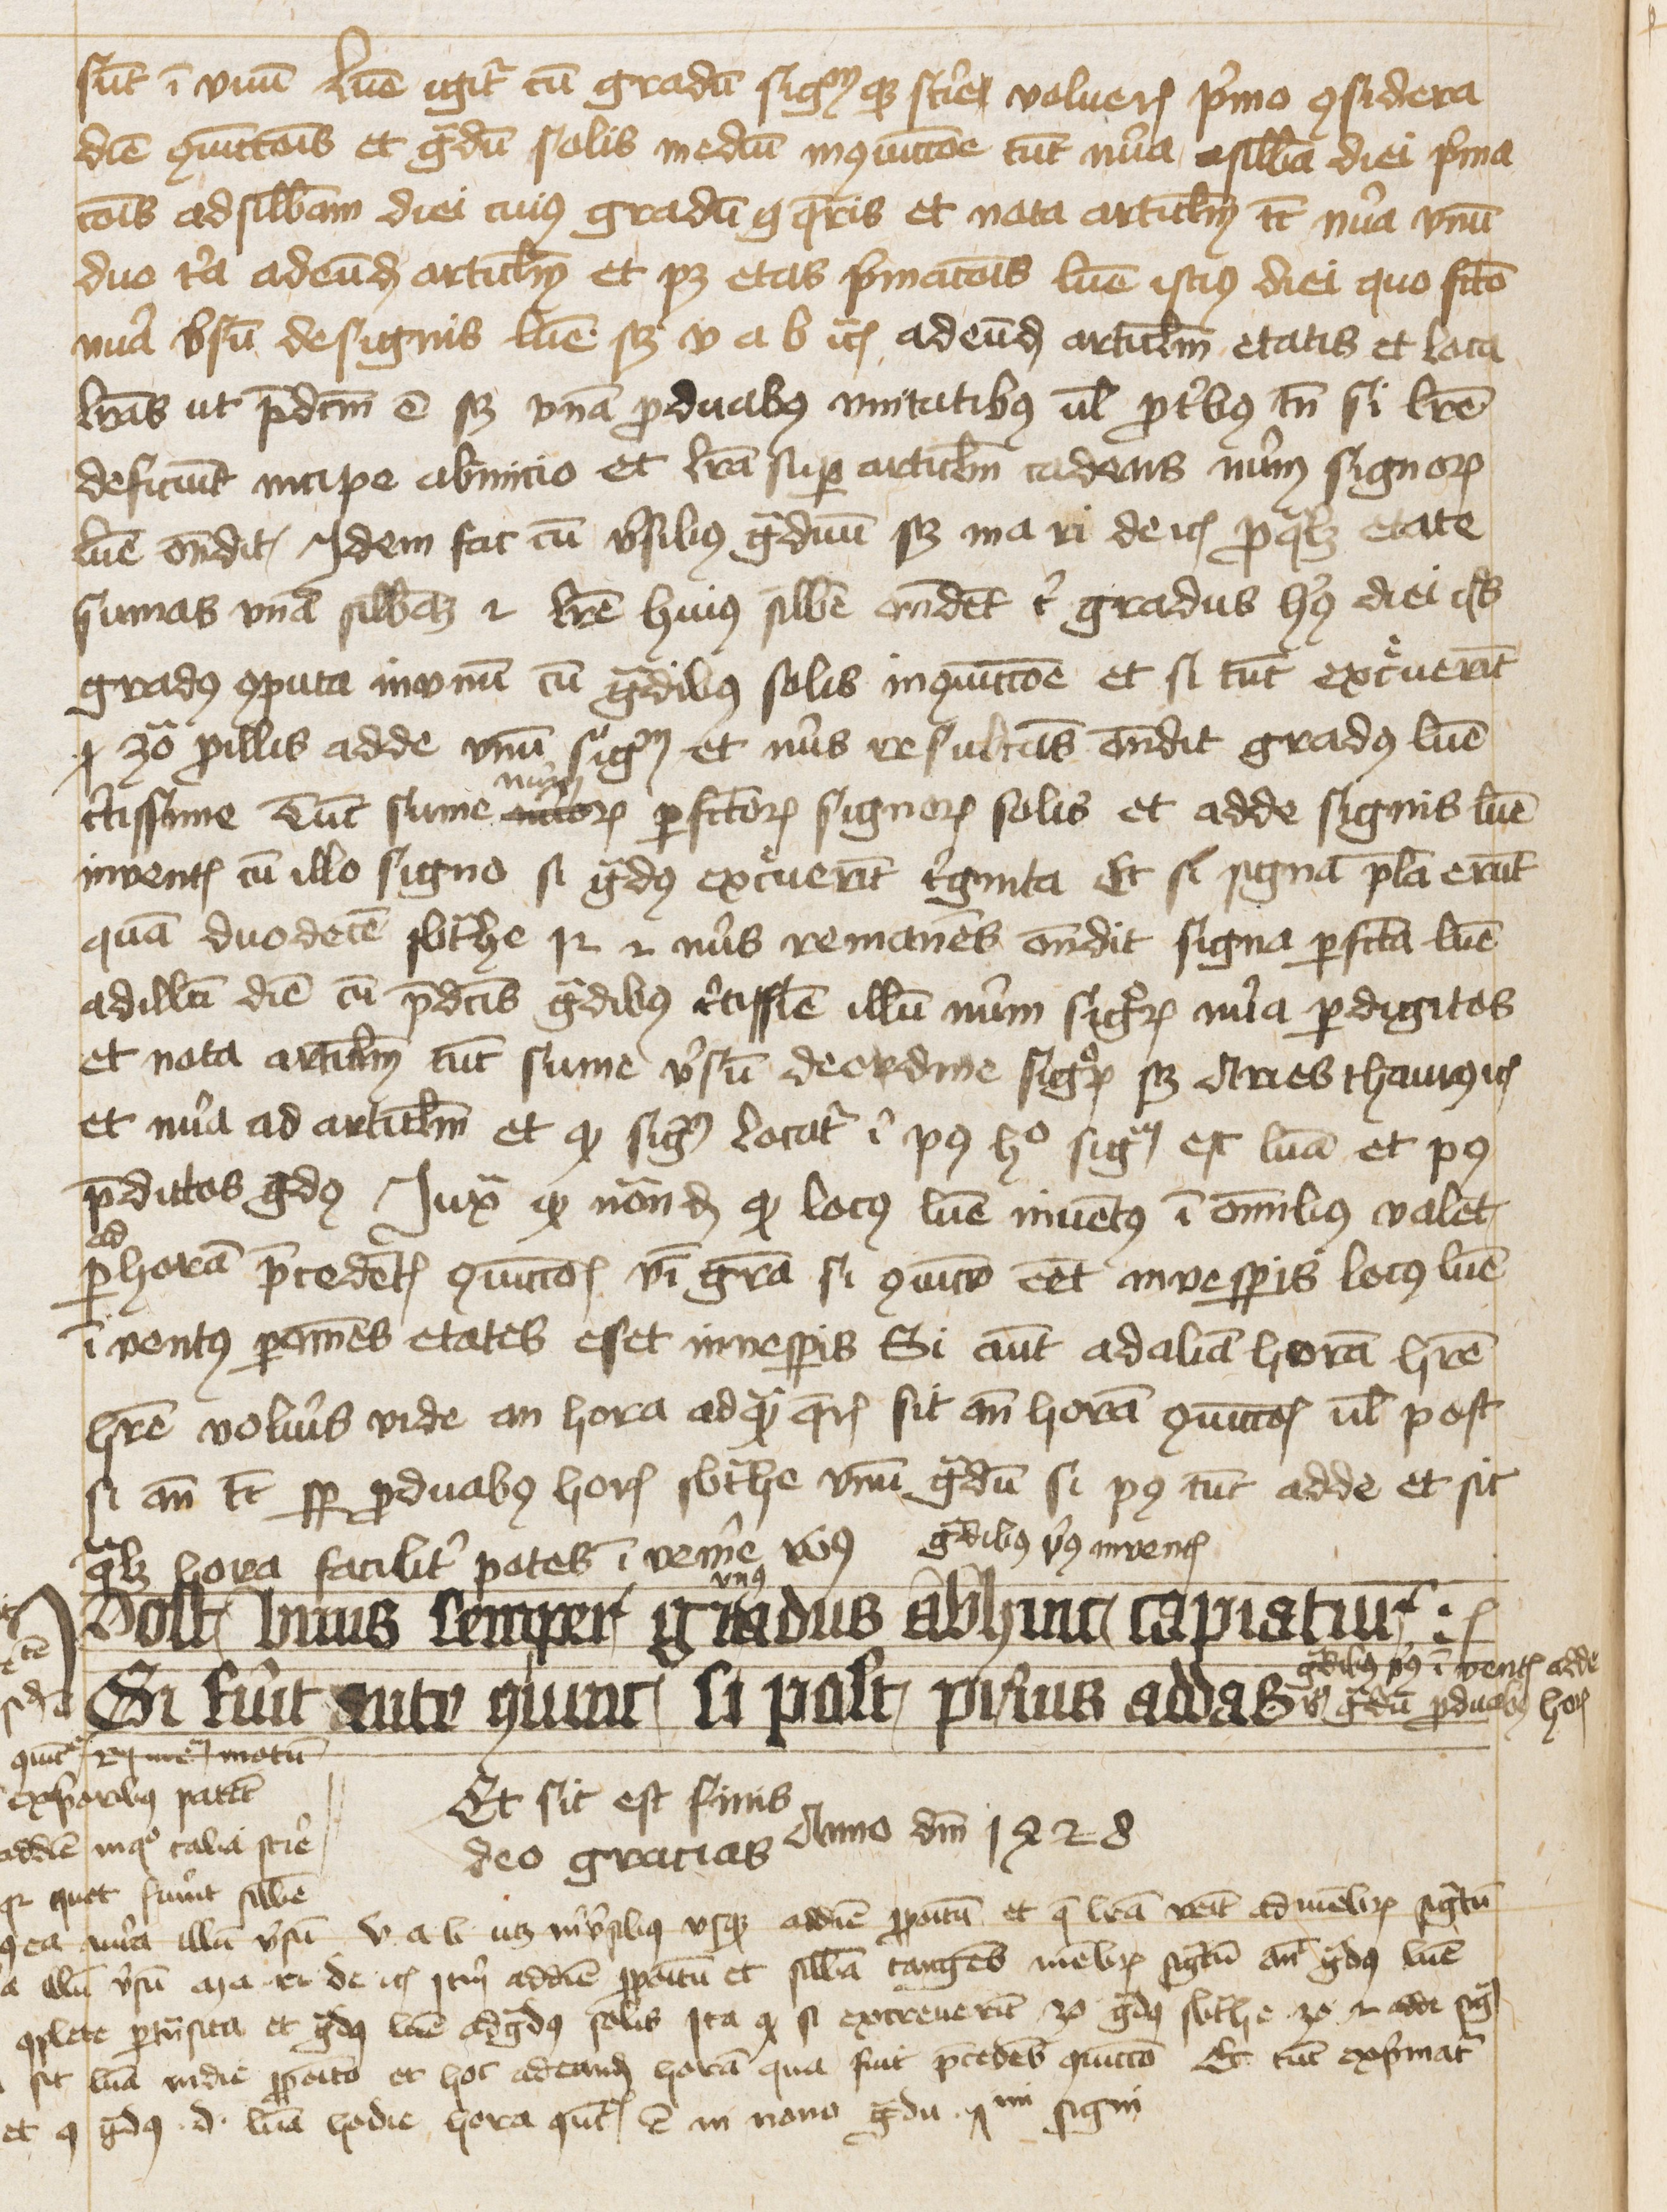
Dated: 1425–1425